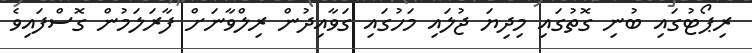
ރިޕޯޓުގައި ބުނި ގޮތުގައި މިދިޔަ ޖުލައި މަހުގައި ގަވާއިދުން ރިލްވާނަށް ފާރަލަމުން ގޮސްފައިވެ